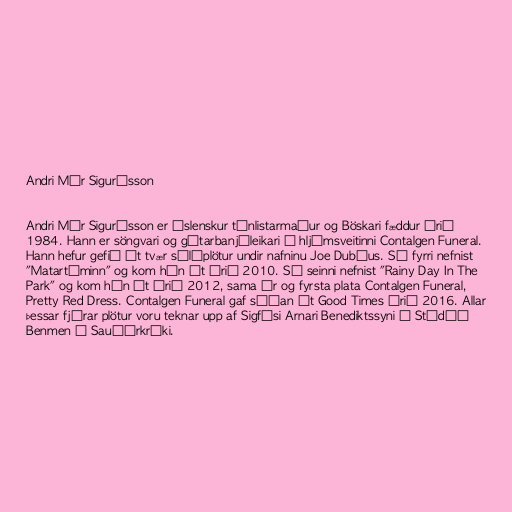
Andri Már Sigurðsson

Andri Már Sigurðsson er íslenskur tónlistarmaður og Böskari fæddur árið
1984. Hann er söngvari og gítarbanjóleikari í hljómsveitinni Contalgen Funeral.
Hann hefur gefið út tvær sólóplötur undir nafninu Joe Dubíus. Sú fyrri nefnist
"Matartíminn" og kom hún út árið 2010. Sú seinni nefnist "Rainy Day In The
Park" og kom hún út árið 2012, sama ár og fyrsta plata Contalgen Funeral,
Pretty Red Dress. Contalgen Funeral gaf síðan út Good Times árið 2016. Allar
þessar fjórar plötur voru teknar upp af Sigfúsi Arnari Benediktssyni í Stúdíó
Benmen á Sauðárkróki.